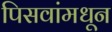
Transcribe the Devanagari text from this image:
पिसवांमधून